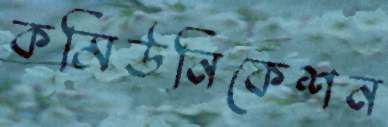
কমিউনিকেশন